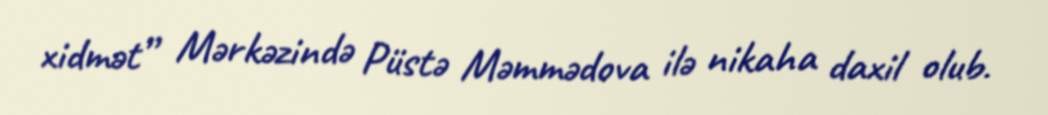
xidmət” Mərkəzində Püstə Məmmədova ilə nikaha daxil olub.